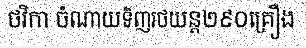
ថវិកា ចំណាយទិញរថយន្ត២៩០គ្រឿង